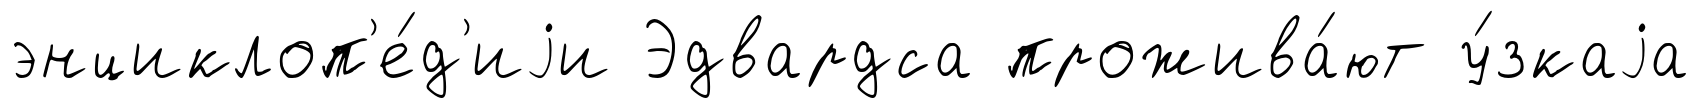
энциклоп'е́д'иjи Эдвардса прожива́ют у́зкаjа